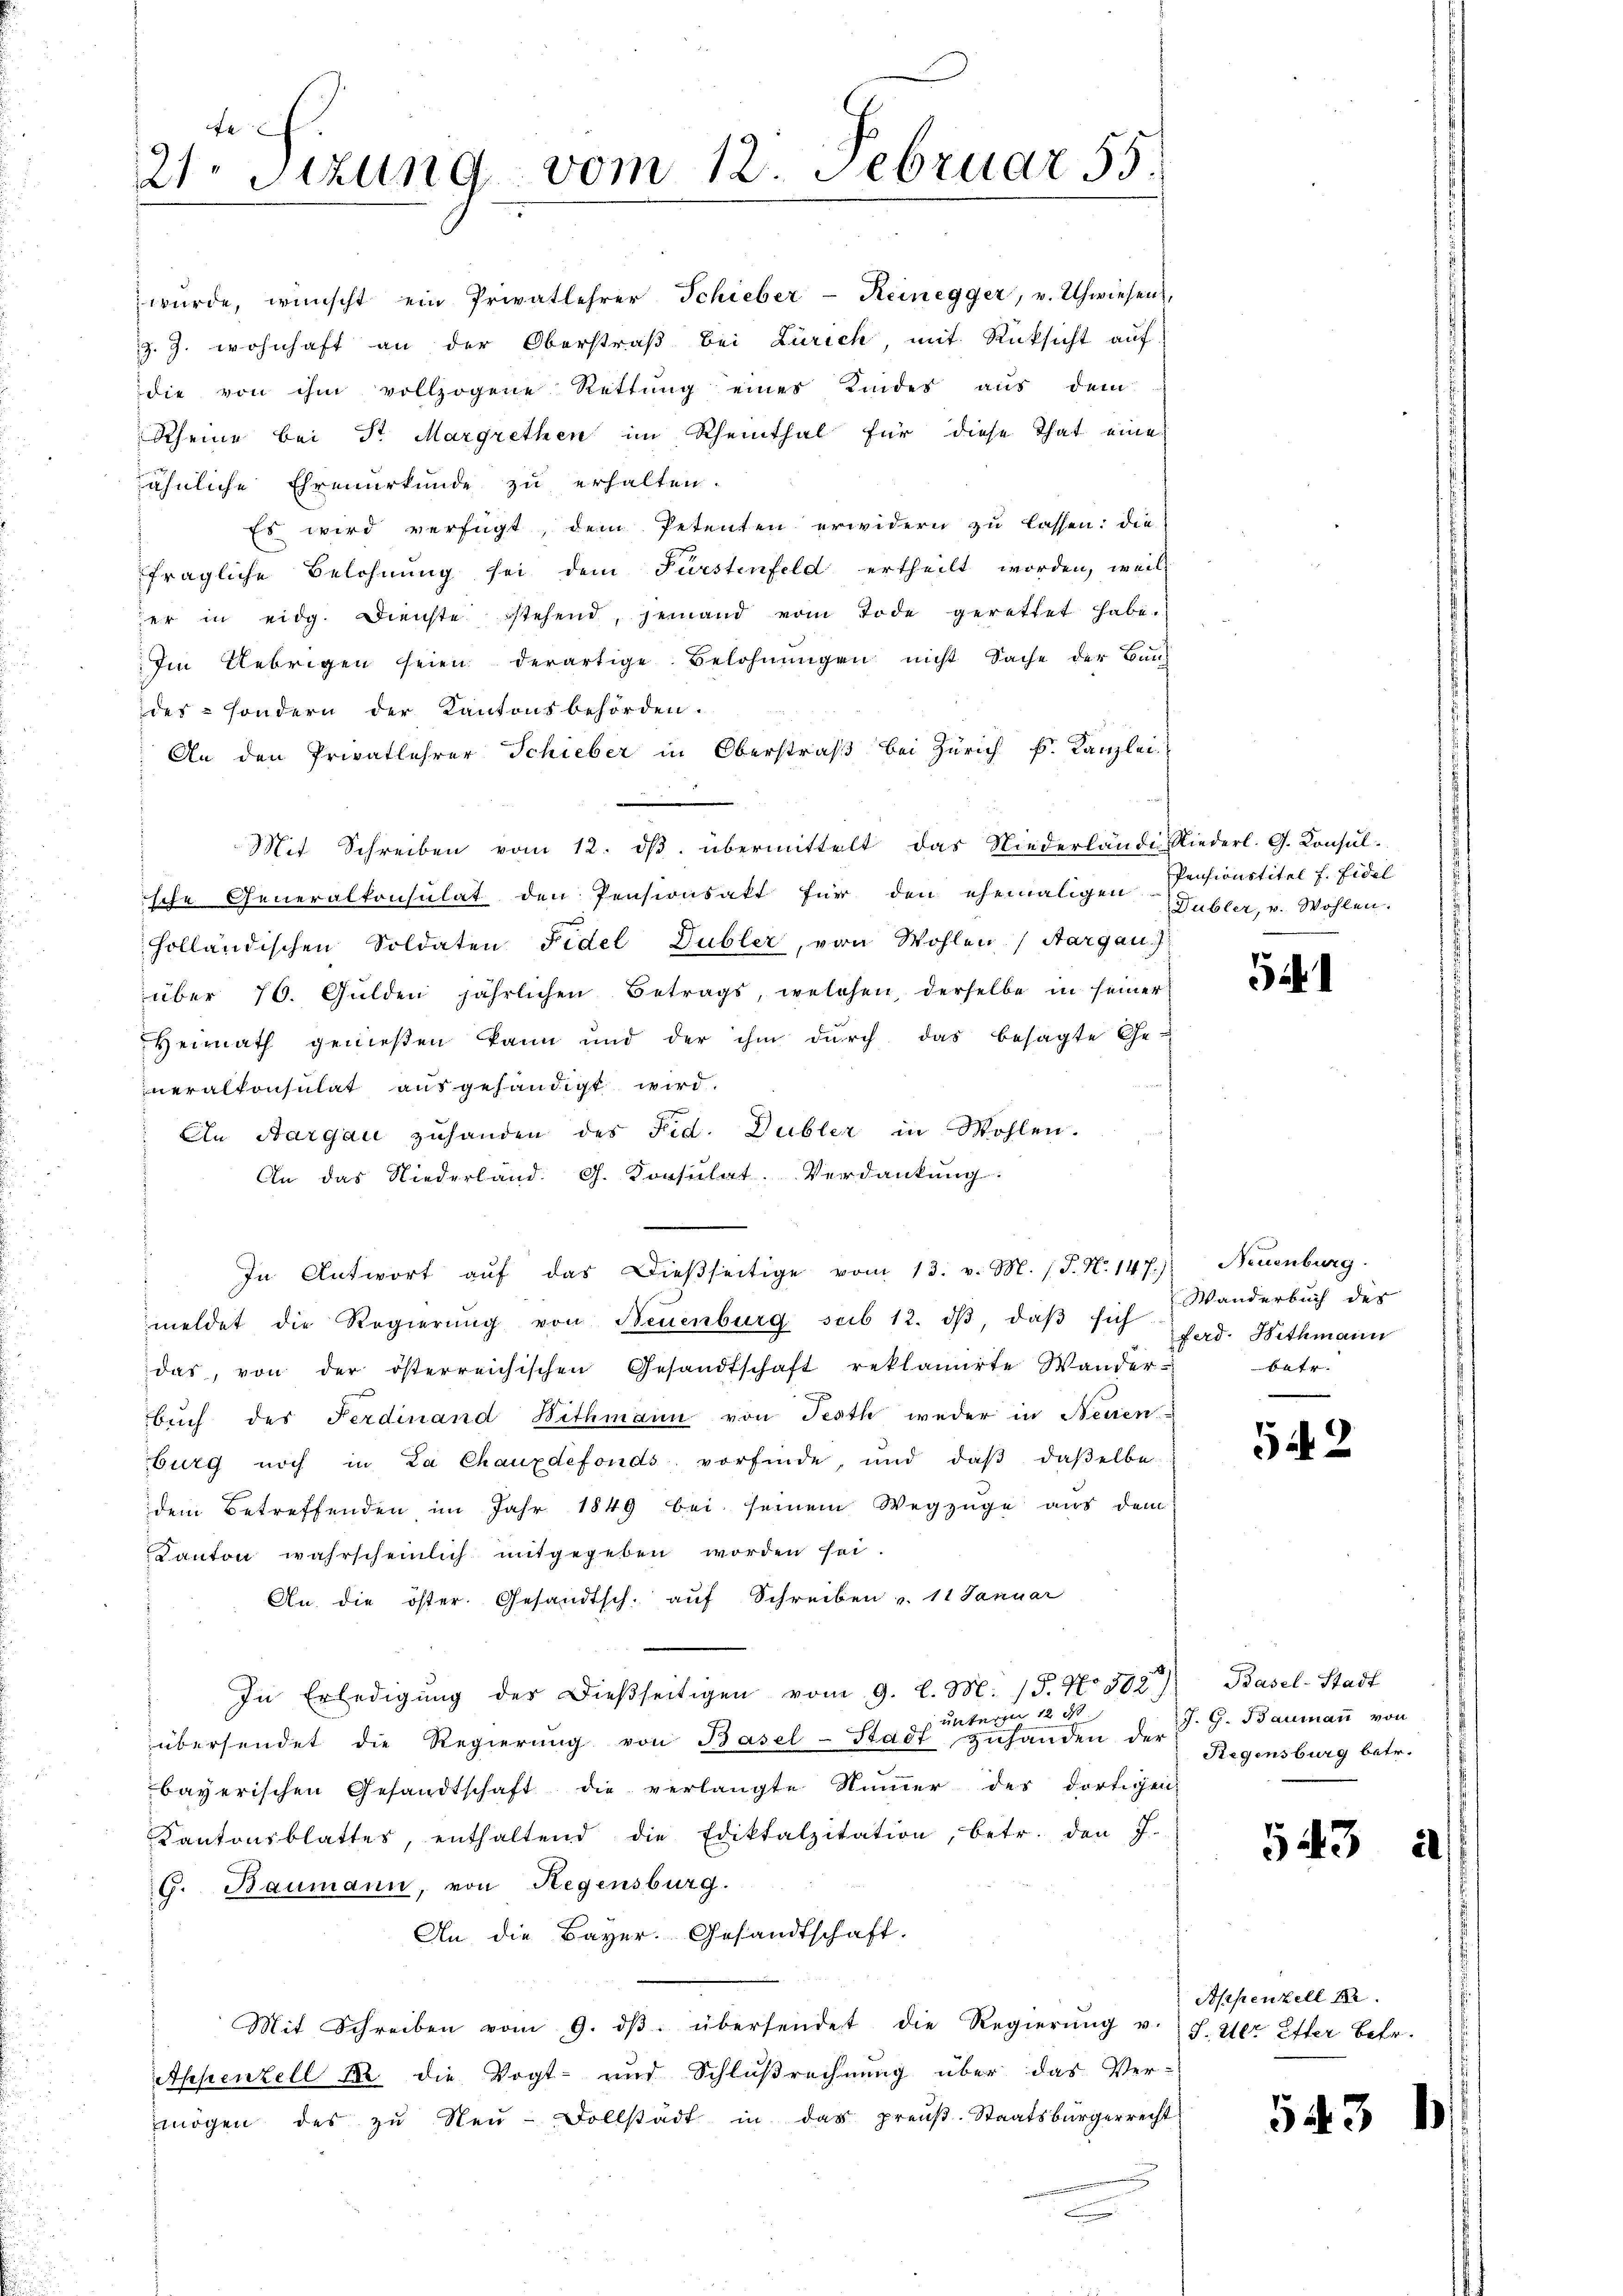
f
21. Sizung vom 12. Februar 55.

würde, wünscht ein Privatlehrer Schieber-Reinegger, v. Uhwiesen,
z. Z. wohnhaft an der Oberstraß bei Zürich, mit Rücksicht auf
die von ihm vollzogene Rettŭng eines Kindes aus dem
Rheine bei Sr. Margrethen im Rheinthal für diese That eine
ähnliche Ehrenurkunde zu erhalten.
Es wird verfügt, dem Petenten erwidern zu lassen: die
fragliche Belohnung sei dem Fürstenfeld ertheilt worden, weil
er in eidg. Dienste stehend, jemand vom Tode gerettet habe.
Im Uebrigen seien derartige Belohnŭngen nicht Sache der Bun-
des- sondern der Kantonsbehörden.
An den Privatlehrer Schieber in Oberstraß bei Zürich k. Kanzlei
Mit Schreiben vom 12. dβ übermittelt das Niederlande Niederl. G. Consul-
sche Generalkonsulat den Pensionsakt für den ehemaligen
holländischen Soldaten Fidel Dubler, von Wohlen (Aargau)
über 70. Gulden jährlichen Betrags, welchen, derselbe in seiner
Heimath genießen kann und der ihm durch das besagte Ge-
neralkonsulat ausgehändigt wird.
An Aargau zuhanden des Fid. Dubler in Wohlen.
An das Niederland. G. Konsulat. Verdankung.
In Antwort aŭf das Dieβseitige vom 13. v. M. (T. N. 147.) Neuenburg.
meldet die Regierŭng von Neuenburg sub 12. dβ, daβ sich Pad. Bethmann
das, von der österreichischen Gesandtschaft reklamirte Wander-
buch des Ferdinand Withmann von Festh weder in Neuen-
burg noch in La Chauxdefonds vorfinde, und daβ daselbe
dem Betreffenden im Jahr 1849 bei seinem Wegzüge aus dem
Kanton wahrscheinlich mitgegeben worden sei.
An die öster. Gesandtsch. auf Schreiben v. 11 Januar
)
In Erledigŭng des Dieβseitigen vom 9. d. M. 15. No. 502) Basel-Stadt
 unteren 12 d
übersendet die Regierŭng von Basel-Stadt zŭhanden der
bayerischen Gesandtschaft die verlangte Numer des dortigen
Kantonsblattes, enthaltend die Ediktalzitation, betr. den J.
6. Baumann, von Regensburg.
An die Bayer. Gesandtschaft.
Mit Schreiben vom 9. dβ übersendet die Regierŭng u.
Appenzell Kr. die Vogt- und Schlußrechnung über das Ver-
mögen des zŭ Neŭ-Dollstadt in das preŭβ. Staatsbürgerrecht

Pensionstitel f. Fidel
Dubler, v. Wohlen.

5

Wanderbuch des
batr.

542

J. G. Baumann von
Regensburg betr.

543

Appenzell A.
J. U. Etter Betr.

543

2